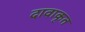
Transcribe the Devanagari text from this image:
दावाकृत